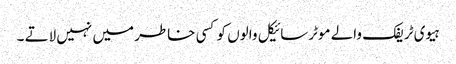
ہیوی ٹریفک والے موٹرسائیکل والوں کو کسی خاطر میں نہیں لاتے ۔